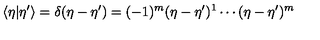
\langle \eta | \eta ^ { \prime } \rangle = \delta ( \eta - \eta ^ { \prime } ) = ( - 1 ) ^ { m } ( \eta - \eta ^ { \prime } ) ^ { 1 } \cdots ( \eta - \eta ^ { \prime } ) ^ { m }